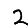
Digit: 2